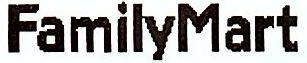
FAMILYMART